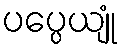
ပပ္ပေယျုံ